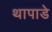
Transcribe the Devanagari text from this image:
थापाडे